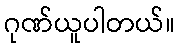
ဂုဏ်ယူပါတယ်။